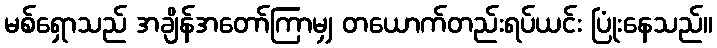
မစ်ရှောသည် အချိန်အတော်ကြာမျှ တယောက်တည်းရပ်ယင်း ပြုံးနေသည်။